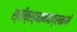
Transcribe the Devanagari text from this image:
श्रीब्रह्मानंदांप्रमाणे